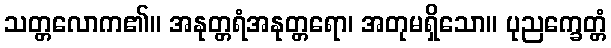
သတ္တလောက၏။ အနုတ္တရံအနုတ္တရော၊ အတုမရှိသော။ ပုညက္ခေတ္တံ